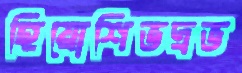
হিয়োশিভদ্রভ